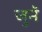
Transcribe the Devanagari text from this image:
जुनें